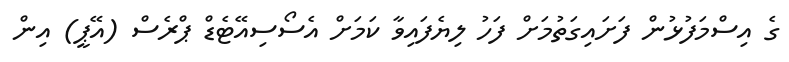
ގެ އިސްމަފުޅުން ފަށައިގަތުމަށް ފަހު ލިޔެފައިވާ ކަމަށް އެސޯސިއޭޓެޑް ޕްރެސް (އޭޕީ) އިން